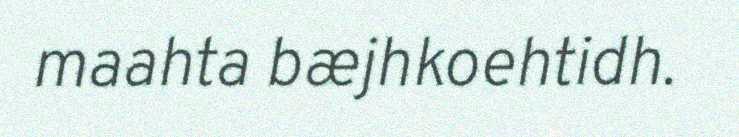
maahta bæjhkoehtidh.